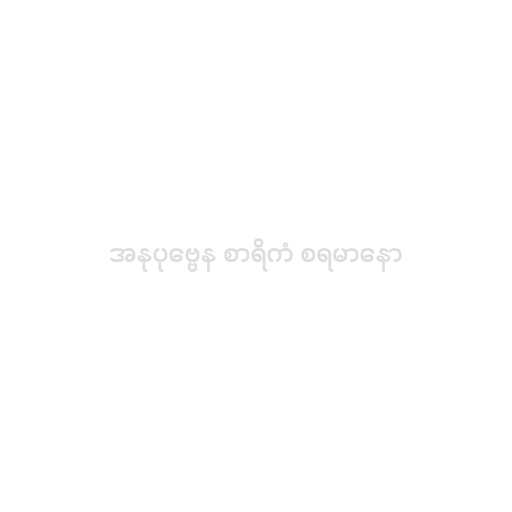
အနုပုဗ္ဗေန စာရိကံ စရမာနော